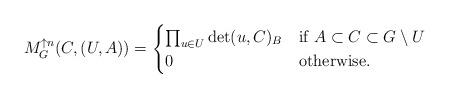
LaTeX: \begin{align*}M_{G}^{\uparrow n}(C,(U,A)) = \begin{cases} \prod_{u \in U} \det(u,C)_{B} & \mbox{if $A \subset C \subset G \setminus U$} \\ 0 & \mbox{otherwise}. \end{cases}\end{align*}